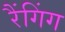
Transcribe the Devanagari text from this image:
रैंगिंग